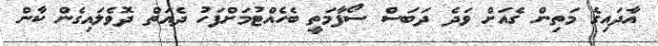
އާދައިގެ މަތިން ގެއަށް ވަދެ ދަބަސް ސޯފާމަތީ ބެހެއްޓުމަށްފަހު ދެއަތް ދޮވެލައިގެން ކާން